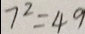
7 ^ { 2 } = 4 9